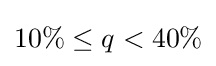
10\%\leq q<40\%